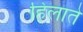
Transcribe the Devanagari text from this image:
हिलाते